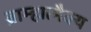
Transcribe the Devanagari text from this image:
ब्राम्हात्मैक्य